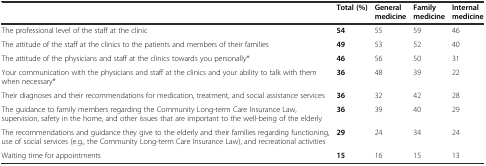
|  | Total (%) | General medicine | Family medicine | Internal medicine |
 | --- | --- | --- | --- | --- |
 | The professional level of the staff at the clinic | 54 | 55 | 59 | 46 |
 | The attitude of the staff at the clinics to the patients and members of their families | 49 | 53 | 52 | 40 |
 | The attitude of the physicians and staff at the clinics towards you personally* | 46 | 56 | 50 | 31 |
 | Your communication with the physicians and staff at the clinics and your ability to talk with them when necessary* | 36 | 48 | 39 | 22 |
 | Their diagnoses and their recommendations for medication, treatment, and social assistance services | 36 | 32 | 42 | 28 |
 | The guidance to family members regarding the Community Long-term Care Insurance Law, supervision, safety in the home, and other issues that are important to the well-being of the elderly | 36 | 39 | 40 | 29 |
 | The recommendations and guidance they give to the elderly and their families regarding functioning, use of social services (e.g., the Community Long-term Care Insurance Law), and recreational activities | 29 | 24 | 34 | 24 |
 | Waiting time for appointments | 15 | 16 | 15 | 13 |